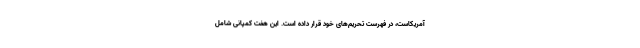
آمریکاست، در فهرست تحریم‌های خود قرار داده است. این هفت کمپانی شامل